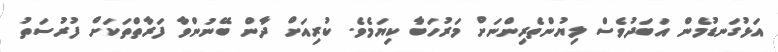
އަޅުގަނޑުމެން އަބަދުވެސް ލިޔުންތެރިންނަށް މަރުހަބާ ކިޔަމެވެ. ކުރިއަށް ދާން ބޭނުންވާ ފަރާތްތަކަށް ފުރުސަތު